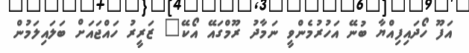
އަފޫ ހޯދައިފިއްޔާ ބުނޭ އަހުރުމެންވީ ނަމާދު ރޫމްގައޭ އޯކޭ" ޒަރީރު ހައްޖައަށް ބަލައިލަމުން